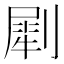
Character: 㓾